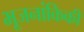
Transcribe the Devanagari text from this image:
भूजनांकिकी